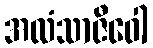
အလံသာဇီဝေါ